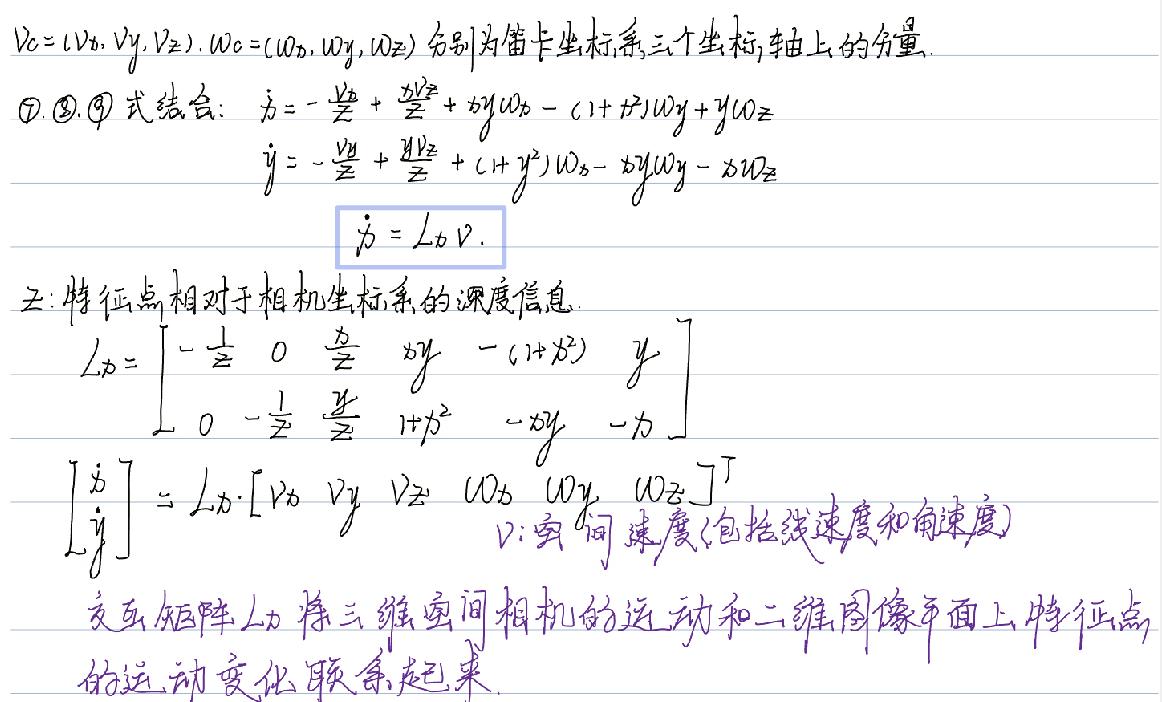
$\mathbf{v}_c=(v_x, v_y, v_z), \mathbf{\omega}_c=(\omega_x, \omega_y, \omega_z)$ 分别为笛卡尔坐标系三个坐标轴上的分量.
$\textcircled{7}$. $\textcircled{8}$. $\textcircled{9}$ 式结合: $\dot{x}=-\frac{v_x}{z}+\frac{xv_z}{z^2}+xy\omega_x-(1 + x^2)\omega_y+y\omega_z$
$\dot{y}=-\frac{v_y}{z}+\frac{yv_z}{z^2}+(1 + y^2)\omega_x-xy\omega_y-x\omega_z$
$\dot{\mathbf{p}} = L_{\mathbf{p}}\mathbf{v}.$
五: 特征点相对于相机坐标系的深度信息.
$L_{\mathbf{p}}=\begin{bmatrix}-\frac{1}{z}&0&\frac{x}{z}&xy&-(1 + x^2)&y\\0&-\frac{1}{z}&\frac{y}{z}&1 + y^2&-xy&-x\end{bmatrix}$
$\begin{bmatrix}\dot{x}\\\dot{y}\end{bmatrix}=L_{\mathbf{p}}\cdot\begin{bmatrix}v_x&v_y&v_z&\omega_x&\omega_y&\omega_z\end{bmatrix}^T$
$\mathbf{v}$: 空间速度(包括线速度和角速度)
交互矩阵 $L_{\mathbf{p}}$ 将三维空间相机的运动和二维图像平面上特征点的运动变化联系起来.